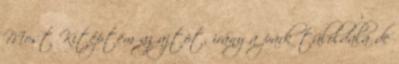
Most Kitéptem az ajtót, irány a park túloldala de